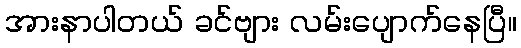
အားနာပါတယ် ခင်ဗျား လမ်းပျောက်နေပြီ။